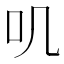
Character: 叽